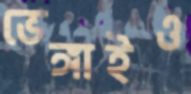
ভেঙ্গাইও